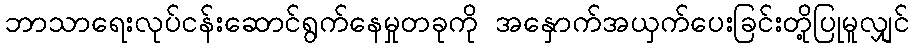
ဘာသာရေးလုပ်ငန်းဆောင်ရွက်နေမှုတခုကို အနှောက်အယှက်ပေးခြင်းတို့ပြုမူလျှင်